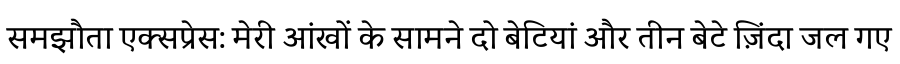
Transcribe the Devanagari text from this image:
समझौता एक्सप्रेस: मेरी आंखों के सामने दो बेटियां और तीन बेटे ज़िंदा जल गए